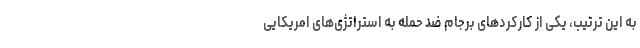
به این ترتیب، یکی از کارکردهای برجام ضد حمله به استراتژی‌های امریکایی